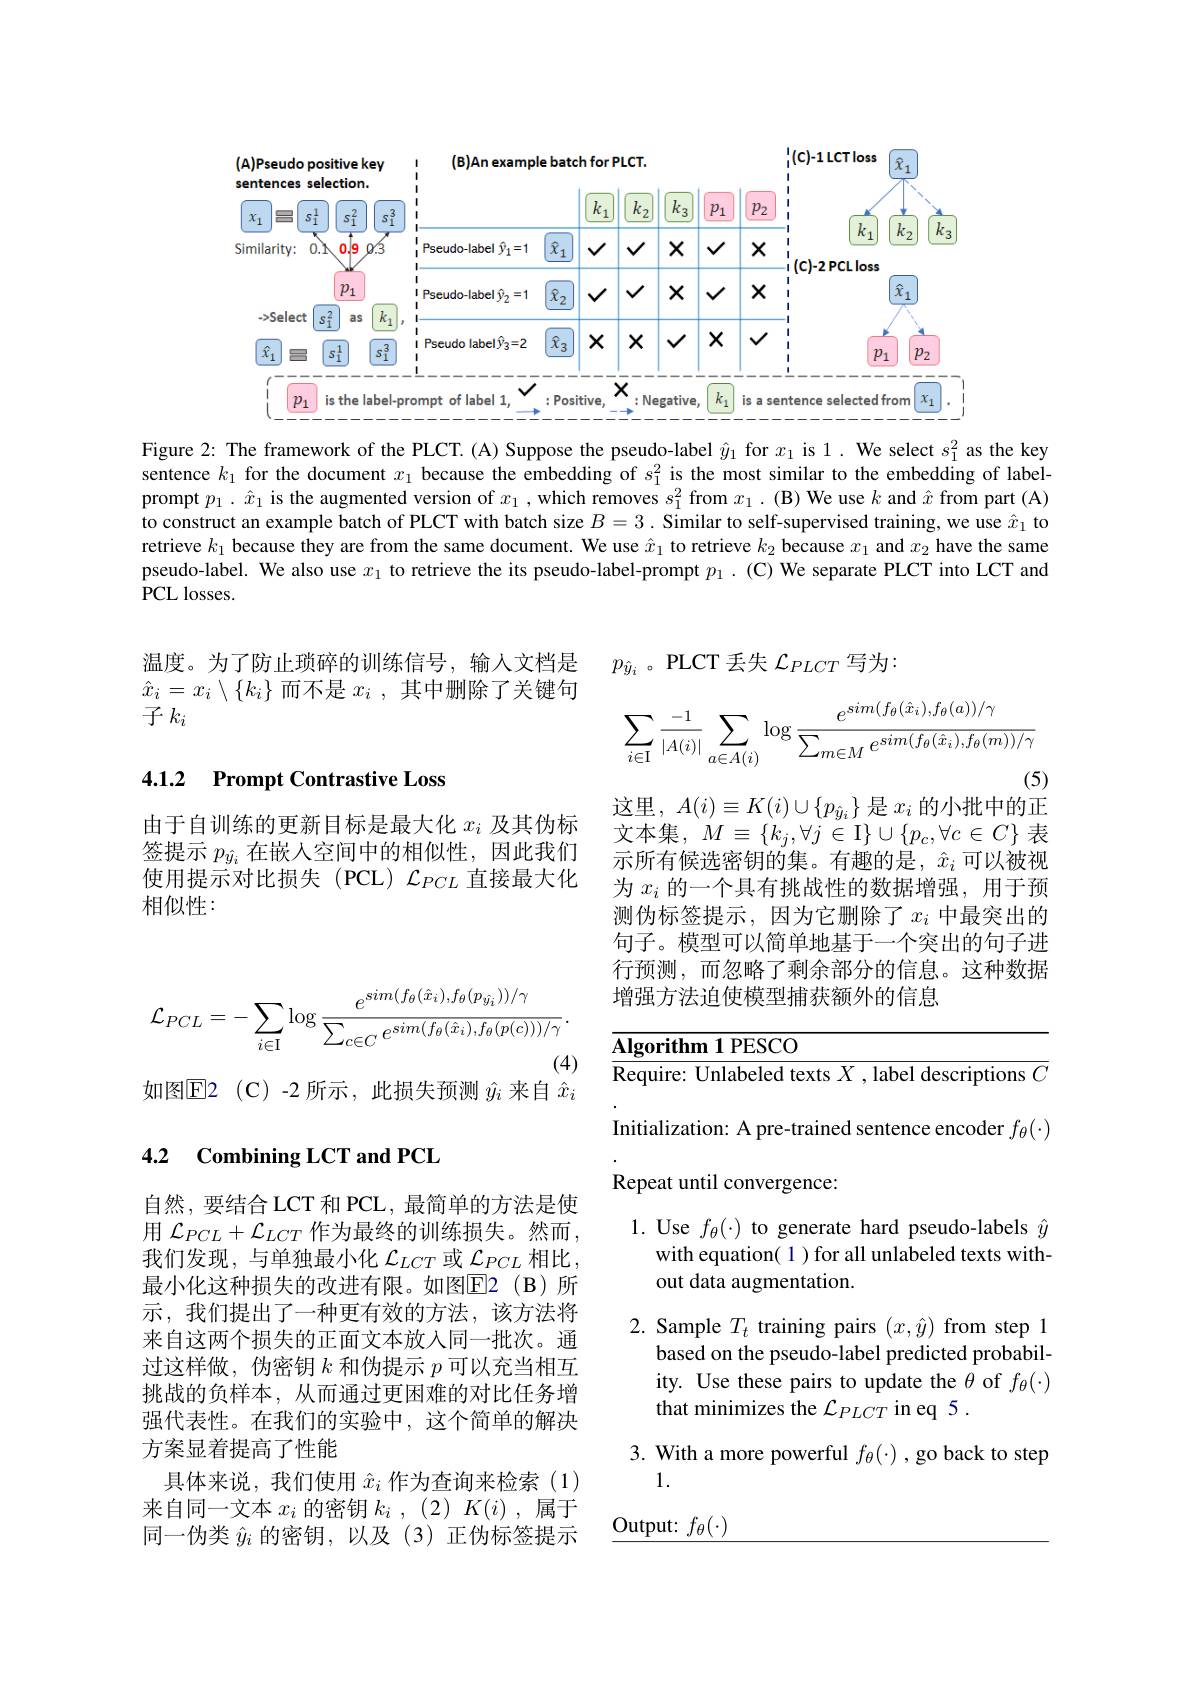
<FigureHere>

Figure 2: The framework of the PLCT. (A) Suppose the pseudo-label $\hat{y}_1$ for $x_1$ is 1. We select $s_1^2$ as the key sentence $k_1$ for the document $x_1$ because the embedding of $s_1^2$ is the most similar to the embedding of labelprompt $p_1.\hat{x}_1$ is the augmented version of $x_1$, which removes $s_1^2$ from $x_1.$ (B) We use $k$ and $\hat{x}$ from part (A) to construct an example batch of PLCT with batch size $B=3.$ Similar to self-supervised training, we use $\hat{x}_1$ to retrieve $k_1$ because they are from the same document. We use $\hat{x}_1$ to retrieve $k_2$ because $x_1$ and $x_2$ have the same pseudo-label. We also use $x_1$ to retrieve the its pseudo-label-prompt $p_1.$ (C) We separate PLCT into LCT and $\hat{\mathrm{PCL~losses.}}$

$p_{\hat{y}_i}$。PLCT 丢失$\mathcal{L}_{PLCT}$写为：

温度。为了防止琐碎的训练信号，输人文档是$\hat{x}_i=x_i\setminus\{k_i\}$而不是$x_i$,其中删除了关键句子$k_i$
$$\sum_{i\in\mathrm{I}}\frac{-1}{|A(i)|}\sum_{a\in A(i)}\log\frac{e^{sim(f_\theta(\hat{x}_i),f_\theta(a))/\gamma}}{\sum_{m\in M}e^{sim(f_\theta(\hat{x}_i),f_\theta(m))/\gamma}}$$
这里，$A(i)\equiv K(i)\cup\{p_{\hat{y}_i}\}$是$x_i$的小批中的正

## 4.1.2 Prompt Contrastive Loss

由于自训练的更新目标是最大化$x_i$及其伪标签提示$p_{\hat{y}_i}$在嵌入空间中的相似性，因此我们使用提示对比损失(PCL)$\mathcal{L}_PCL$直接最大化相似性：

文本集，$M\equiv\{k_j,\forall j\in\mathbb{I}\}\cup\{p_c,\forall c\in C\}$表示所有候选密钥的集。有趣的是，$\hat{x}_i$可以被视为$x_i$的一个具有挑战性的数据增强，用于预测伪标签提示，因为它删除了$x_i$ 中最突出的句子。模型可以简单地基于一个突出的句子进行预测，而忽略了剩余部分的信息。这种数据增强方法迫使模型捕获额外的信息
$$\mathcal{L}_{PCL}=-\sum_{i\in\mathrm{I}}\log\frac{e^{sim(f_{\theta}(\hat{x}_{i}),f_{\theta}(p_{\hat{y}_{i}}))/\gamma}}{\sum_{c\in C}e^{sim(f_{\theta}(\hat{x}_{i}),f_{\theta}(p(c)))/\gamma}}.$$
(4)

如图$\mathbb{E}$2(C)-2 所示，此损失预测$\hat{y}_i$来自$\hat{x}_i$

## 4.2 Combining LCT and PCL

<table>
	<tbody>
		<tr>
			<td>$Alg_{1}$</td>
			<td>$orithm1PESCO$</td>
		</tr>
		<tr>
			<td>Req</td>
			<td>puire: Unlabeled texts $X$ , label descriptions $C$</td>
		</tr>
		<tr>
			<td>Initi</td>
			<td>ialization: A pre-trained sentence encoder $f_\theta(\cdot)$</td>
		</tr>
		<tr>
			<td>Rep</td>
			<td>oeat until convergence:</td>
		</tr>
		<tr>
			<td>1.</td>
			<td>Use $f_\theta(\cdot)$ to generate hard pseudo-labels $\hat{y}$ with equation( 1 ) for all unlabeled texts with out data augmentation.</td>
		</tr>
		<tr>
			<td>2.</td>
			<td>Sample $T_t$ training pairs $(x,\hat{y})$ from step 1 based on the pseudo-label predicted probabil- ity. Use these pairs to update the $\theta$ of $f_{\theta}(\cdot)$ that minimizes the $\mathcal{L}_PLCT$ in eq 5 .</td>
		</tr>
		<tr>
			<td>3.</td>
			<td>With a more powerful $f_\theta(\cdot)$ , go back to step 1.</td>
		</tr>
		<tr>
			<td>$Out_{\mathrm{l}}$ </td>
			<td>${\mathrm{tput:~}f_{\theta}(\cdot)}$</td>
		</tr>
	</tbody>
</table>

自然，要结合LCT 和 PCL, 最简单的方法是使用$\mathcal{L}_{PCL}+\mathcal{L}_{LCT}$作为最终的训练损失。然而， 我们发现，与单独最小化$\mathcal{L}_{LCT}$或$\mathcal{L}_{PCL}$相比， 最小化这种损失的改进有限。如图$\boxed{\mathrm{E} }2( \mathcal{B} )$ 所示，我们提出了一种更有效的方法，该方法将来自这两个损失的正面文本放入同一批次。通过这样做，伪密钥$k$和伪提示$p$可以充当相互挑战的负样本，从而通过更困难的对比任务增强代表性。在我们的实验中，这个简单的解决方案显着提高了性能
具体来说，我们使用$\hat{x}_i$作为查询来检索(1) 来自同一文本$x_i$的密钥$k_i$ , (2) $K( i)$ ,属于同一伪类$\hat{y}_i$的密钥，以及(3)正伪标签提示